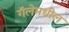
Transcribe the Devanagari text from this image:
गॅलेमधील